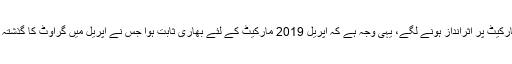
ملک کے معاشی حالات سٹاک مارکیٹ پر اثرانداز ہونے لگے، یہی وجہ ہے کہ اپریل 2019 مارکیٹ کے لئے بھاری ثابت ہوا جس نے اپریل میں گراوٹ کا گذشتہ 14 سال کا بھی ریکارڈ توڑ ڈالا۔